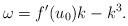
LaTeX: \begin{align*}\omega=f'(u_0)k-k^3.\end{align*}